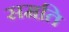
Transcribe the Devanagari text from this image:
समति